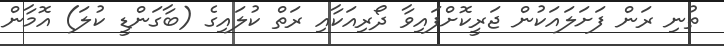
ތުނި ރަން ފަށަލައަކުން ޖަރީކޮށްފައިވާ ދޯރިއަކާއި ރަތް ކުލައިގެ (ބާގަންޑީ ކުލަ) އޮމާން